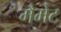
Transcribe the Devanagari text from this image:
मैमेट